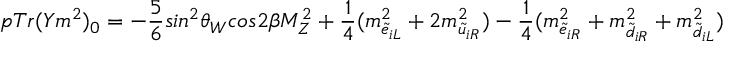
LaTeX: p T r ( Y m ^ { 2 } ) _ { 0 } = - \frac { 5 } { 6 } s i n ^ { 2 } \theta _ { W } c o s 2 \beta M _ { Z } ^ { 2 } + \frac { 1 } { 4 } ( m _ { \tilde { e } _ { i L } } ^ { 2 } + 2 m _ { \tilde { u } _ { i R } } ^ { 2 } ) - \frac { 1 } { 4 } ( m _ { \tilde { e } _ { i R } } ^ { 2 } + m _ { \tilde { d } _ { i R } } ^ { 2 } + m _ { \tilde { d } _ { i L } } ^ { 2 } )